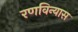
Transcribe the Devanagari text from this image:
रणविन्यास